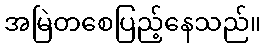
အမြဲတစေပြည့်နေသည်။